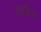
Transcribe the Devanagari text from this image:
हटकेच